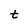
Character: t